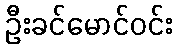
ဦးခင်မောင်ဝင်း